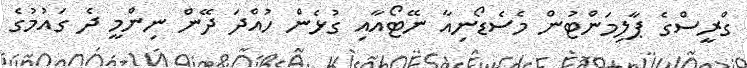
ގްރީސްގެ ޕާލިމަންޓުން މެސެޑޯނިއާ ނޭޓޯއާއި ގުޅެން ހުއްދަ ދޭން ނިންމީ ދެ ގައުމުގެ